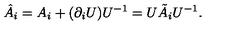
\hat { A } _ { i } = A _ { i } + ( \partial _ { i } U ) U ^ { - 1 } = U \tilde { A } _ { i } U ^ { - 1 } .